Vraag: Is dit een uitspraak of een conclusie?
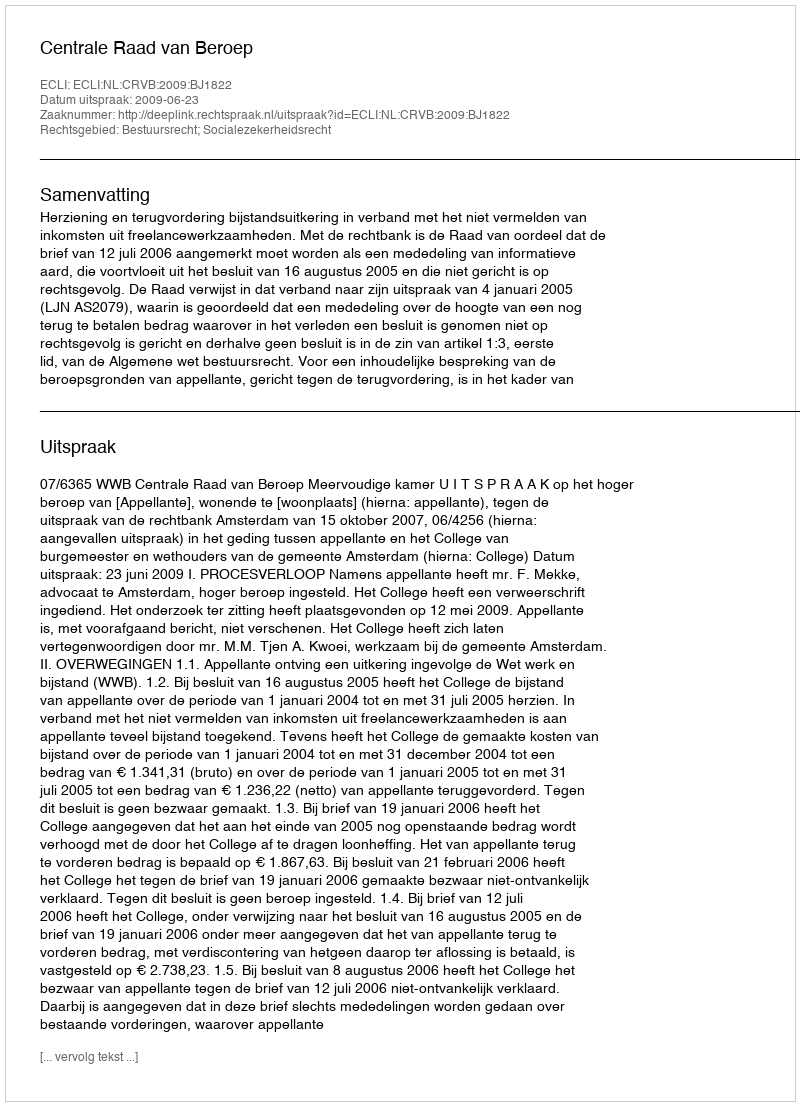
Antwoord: Uitspraak